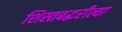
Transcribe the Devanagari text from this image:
शिस्तबद्धरीत्या